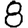
Digit: 8